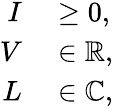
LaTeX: \begin{array}{rl}{I}&{{}\geq 0,}\\ {V}&{{}\in\mathbb{R},}\\ {L}&{{}\in\mathbb{C},}\end{array}